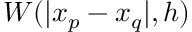
W ( | x _ { p } - x _ { q } | , h )